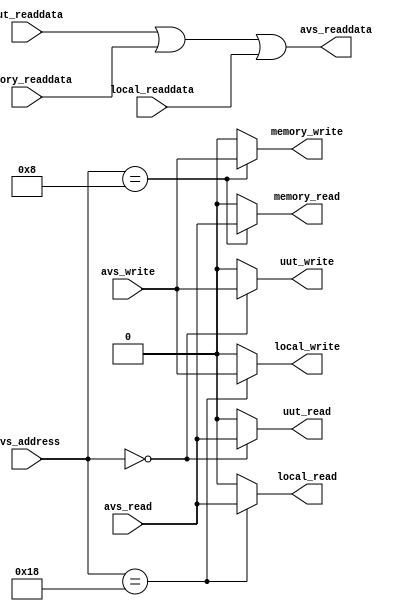
module test_csr_decode 
  #(parameter
    ADDR_DECODE_HI_BIT = 28,
    ADDR_DECODE_LO_BIT = 24
  )
  (
  
    // auto-generated
    
    // Decoded read/write strobes and returned read data
    output reg        uut_write,
    output reg        uut_read,
    input      [31:0] uut_readdata,
    output reg        memory_write,
    output reg        memory_read,
    input      [31:0] memory_readdata,
    output reg        local_write,
    output reg        local_read,
    input      [31:0] local_readdata,
    
    // end auto-generated
    
    // Avalon CSR slave interface
    input      [ADDR_DECODE_HI_BIT:ADDR_DECODE_LO_BIT] avs_address,
    input                                              avs_write,
    input                                              avs_read,
    output     [31:0]                                  avs_readdata
    
  );

  // auto-generated
  assign avs_readdata = uut_readdata | memory_readdata | local_readdata;
  // end auto-generated

  always @* 
  begin
    // auto-generated
    
    uut_write                      <= 1'b0;
    uut_read                       <= 1'b0;
    memory_write                   <= 1'b0;
    memory_read                    <= 1'b0;
    local_write                    <= 1'b0;
    local_read                     <= 1'b0;

    case (avs_address)
    
    5'd0 :
    begin
        uut_write                  <= avs_write;
        uut_read                   <= avs_read;
    end

    5'd8 :
    begin
        memory_write               <= avs_write;
        memory_read                <= avs_read;
    end

    5'd24 :
    begin
        local_write                <= avs_write;
        local_read                 <= avs_read;
    end


    endcase
    
    // end auto-generated
  end
  
endmodule